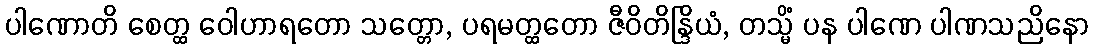
ပါဏောတိ စေတ္ထ ဝေါဟာရတော သတ္တော, ပရမတ္ထတော ဇီဝိတိန္ဒြိယံ, တသ္မိံ ပန ပါဏေ ပါဏသညိနော